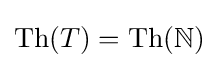
{\text{Th}}(T)={\text{Th}}(\mathbb {N} )